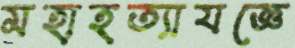
মহাহত্যাযজ্ঞে